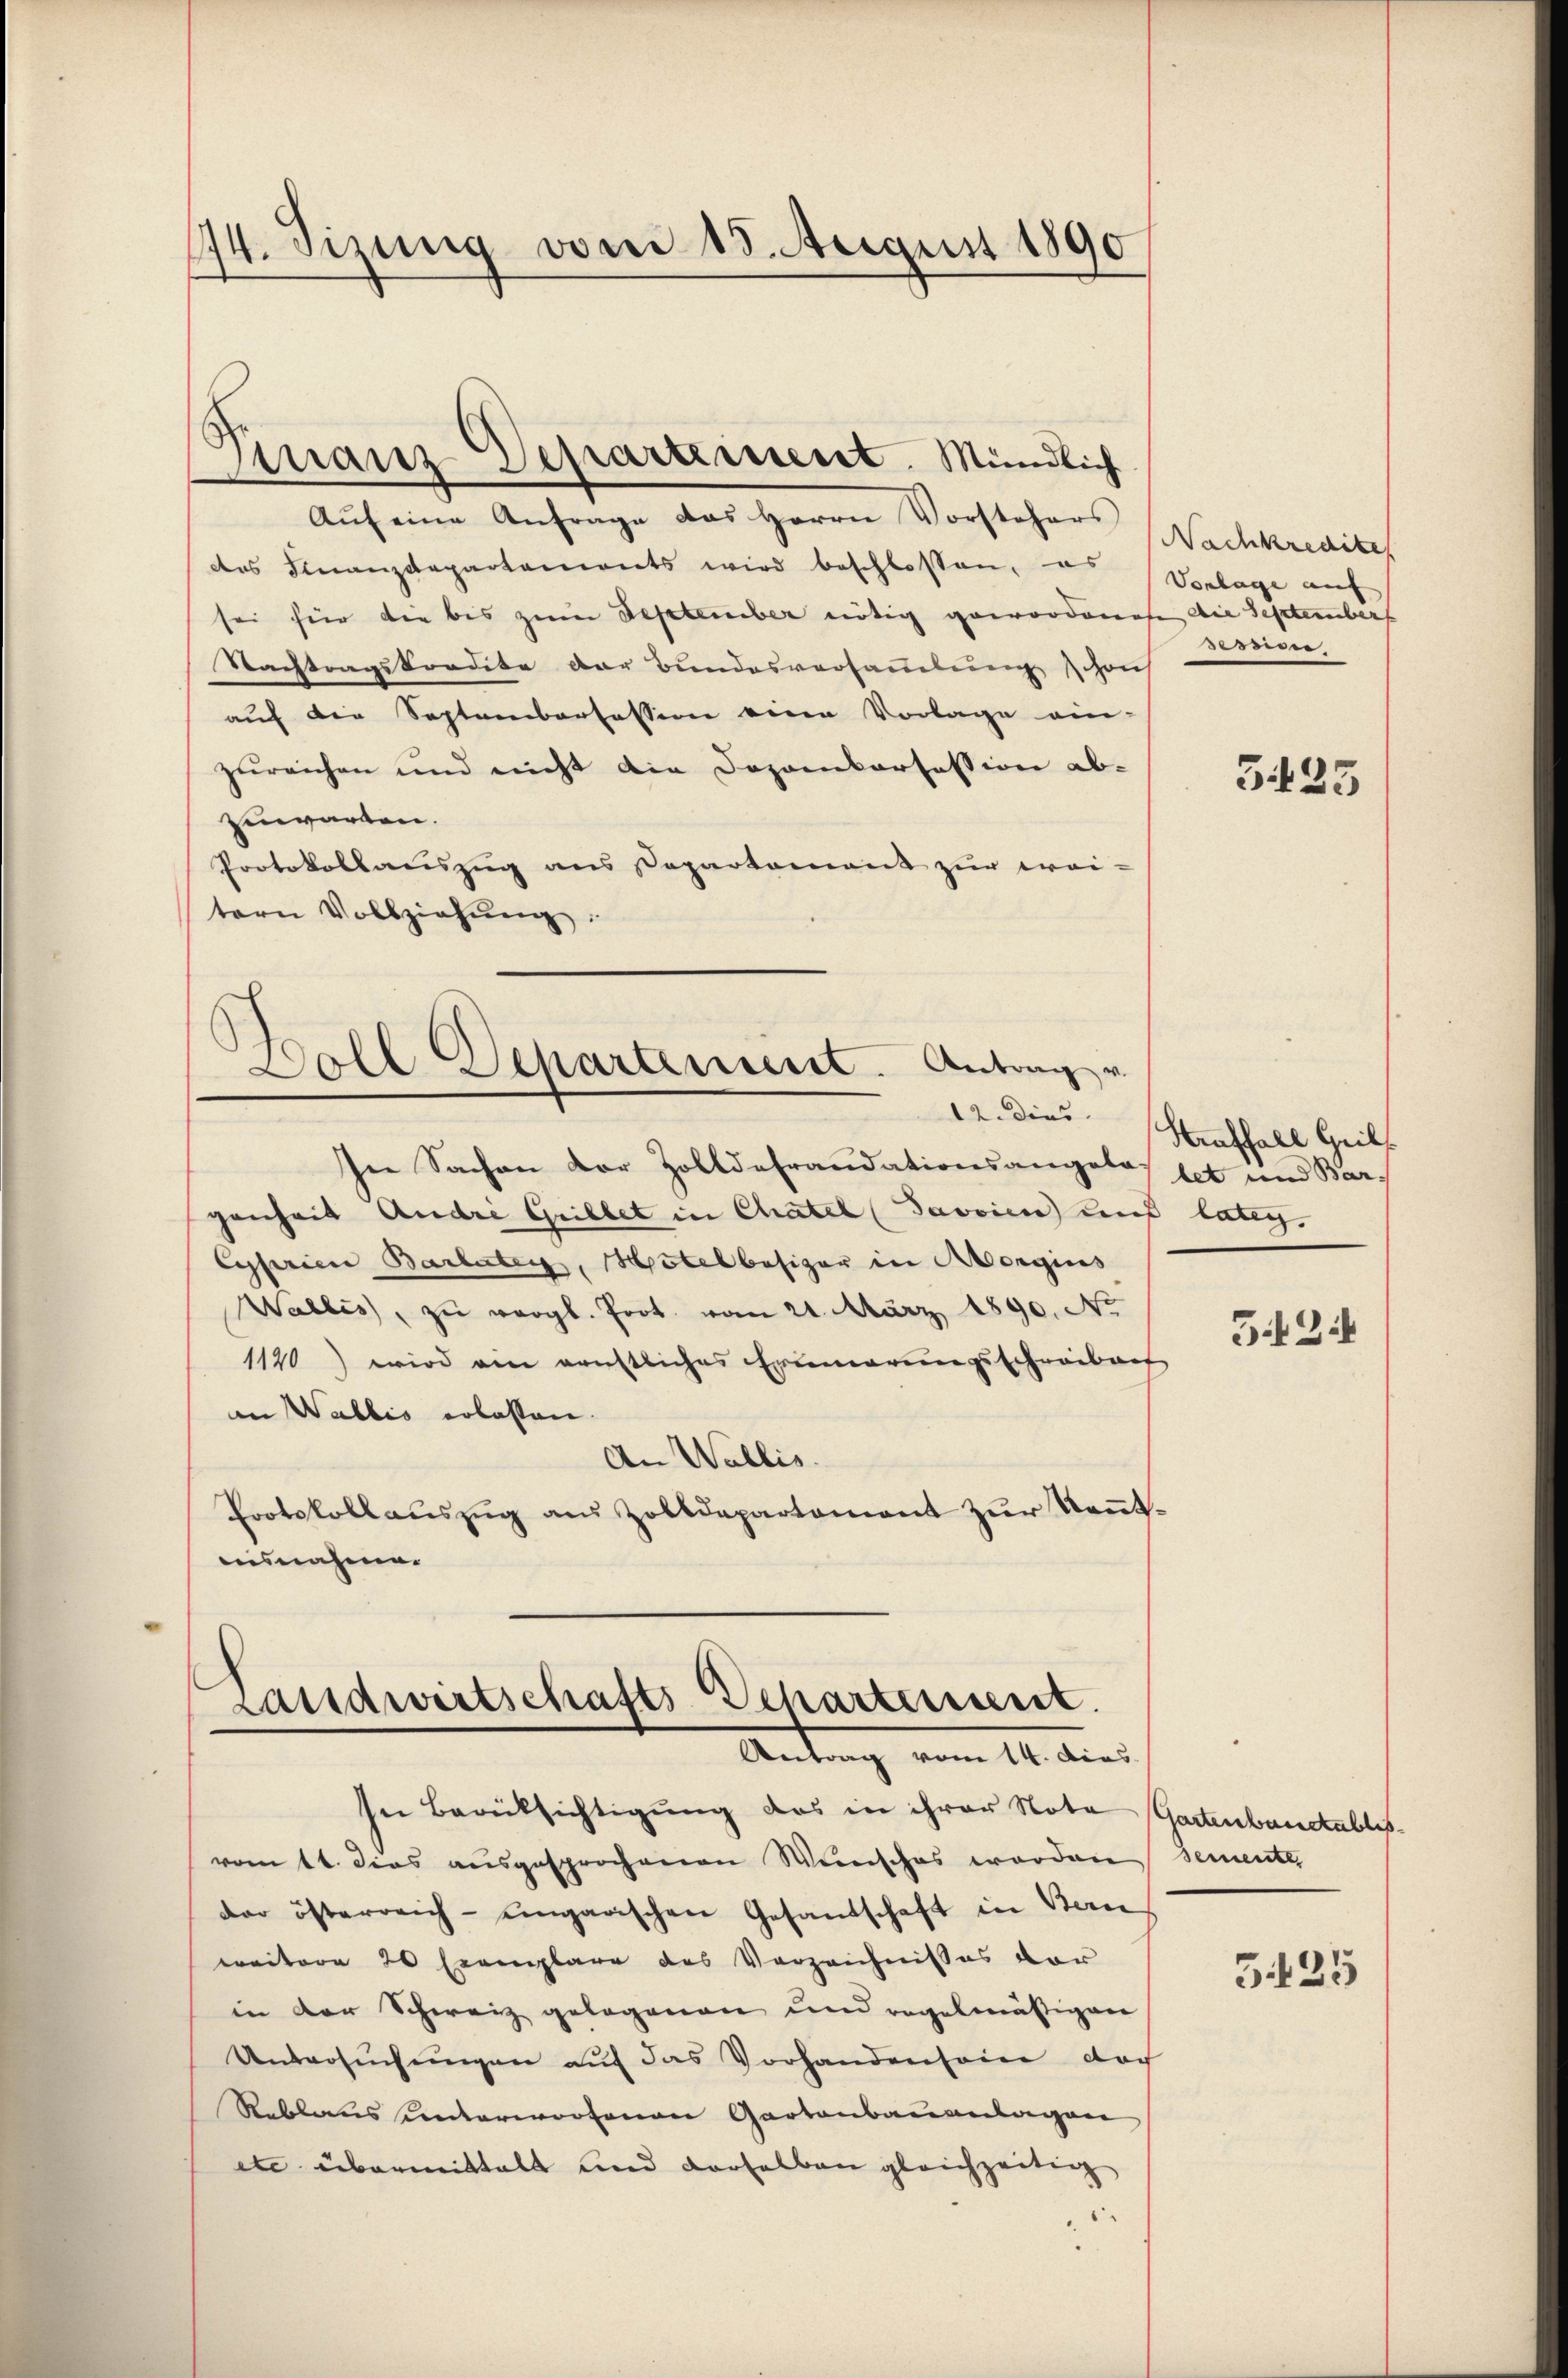
174. Sizung vom 15. August 1890

Aŭf eine Anfrage das Herrn Vorstehers
des Finanzdepartenwirts wird beschlossen, es
sei hier die bis zum September nötig gewordenese die September
Nachtragskredite der Bundesversammlung schon
auf die Septemberfession eine Vorlage ein-
zureichen und nicht die Dozonkorsession ab-
zuwarten.
Protokollauszug aus Departamant zur wei-
tern Vollziehŭng
Doll Departement. Antrag v.
In Sachen Dor Zolldefraudationsangela-
genheit Andre Grillet in Chatel (Javvien) und latey
Cyserien Barbarten, Mötelbasiger in Morgins
Wallis, zu vergl. Prot. vom 21. März 1890. No.
1140) wird ein günstliches Erinnerungsschreibens
an Wallis erlassen.
An Wallis.
Protokollaŭszŭg aŭs Zolldepartament zŭr Keṅt.
ausnahme.

Ginanz Departement. Mündlich

Landwirtschafts-Departeisseret.
Antrag vom 14. dies

Nachkredite
Vorlage auf
esdenn

In Berücksichtigung das in ihrer Nota Gartenbandablisromtt. dies ausgesprochenen Wunsches worden semente,
der österreich-ungarischen Gesandschaft in Bern
weitere 20 Exemplare des Vorzeichnisses vor
in der Schweiz gelegenen und regelmäßigen
Untersŭchŭngen auf das Vorhandenseine doch
Reblaus unterworfenen Gartenbauanlagen
etc übermittelt und derselben gleichzeitig
6

325

12. dies Auffall Heils
let und Bar

5424

525